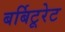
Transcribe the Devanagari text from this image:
बर्बिटूरेट